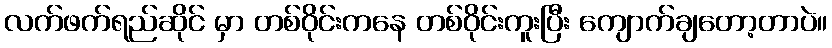
လက်ဖက်ရည်ဆိုင် မှာ တစ်ဝိုင်းကနေ တစ်ဝိုင်းကူးပြီး ကျောက်ချတော့တာပဲ။